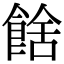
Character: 𩜉